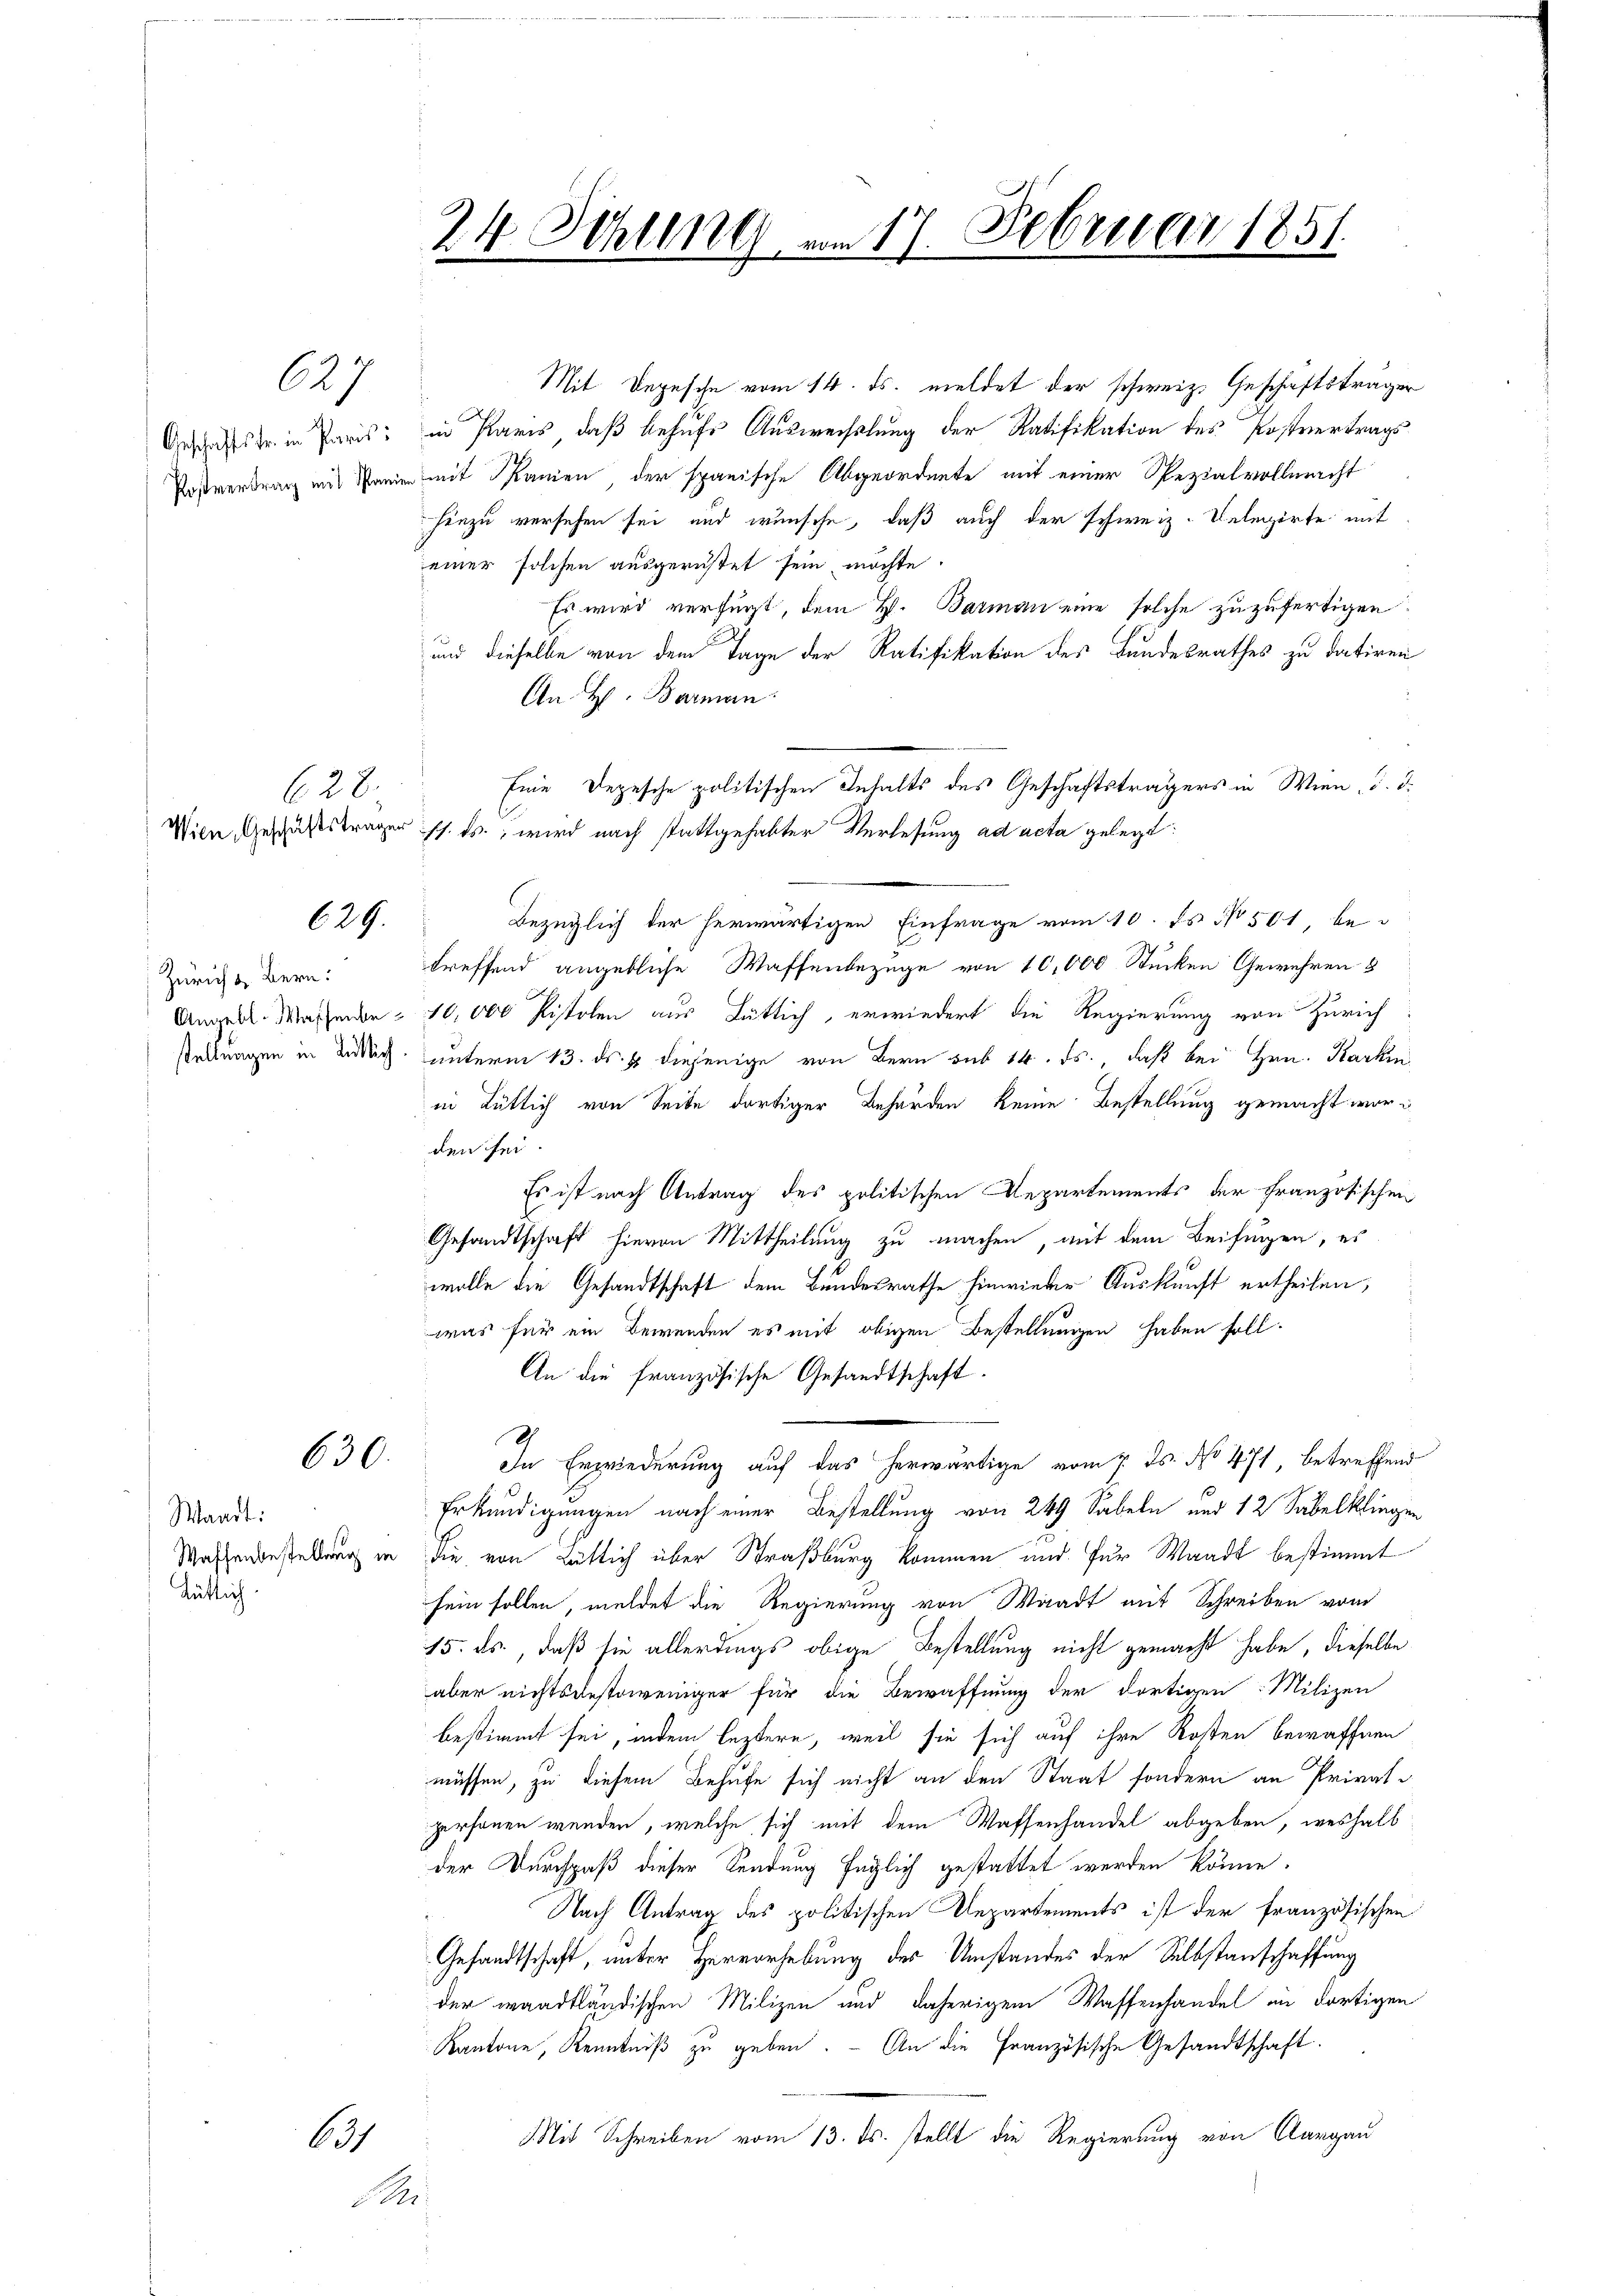
24 Sitzung am 17. Februar 1851.

Mit Depesche vom 14. ds. meldet der schweiz. Geschäftsträger
in Paris, daß behufs Auswechslung der Ratifikation des Postvertrags

627

Postvertrag mit Panie mit Panien der spanische Abgeordnete mit einer Spezialvollmacht
hinzu versehen sei und wünsche, daß auch der schweiz. Telegirte mit
einer solchen ausgerüstet sein möchte.
Es wird verfügt, dem H. Barman eine solche zuzufertigen.
und dieselbe von dem Tage der Ratifikation des Bundesrathes zu datiren
An H. Barman
Bezüglich der herwärtigen Einfrage vom 10. ds No 501, betreffend angebliche Waffenbezüge von 10,000 Stücken Gewehren 8
Angell. Wassende 10,000 Pistolen aus Bütlich, erwiedert die Regierung von Zürich
unterm 13. ds. 4 diejenige von Bern sub 14. ds., daß bei Hrn. Karkin
in gütlich von Seite dortiger Behörden keine Bestellung gemacht worden sei.
Es ist nach Antrag des politischen Departements der Französischen
Gesandtschaft hievon Mittheilung zu machen, mit dem Beifungen, es
wolle die Gesandtschaft dem Bundesrathe hinwieder Auskunft ertheilen,
was für ein Bewenden es mit obigen Bestellungen haben soll.
An die französische Gesandtschaft.
I
In Erwiederung auf das herwärtige vom 7. Js. No 471, betreffend
Erkundigungen nach einer Bestellung von 249 Sabeln und 12 Sabelklingen
Waschenbestellung in die von gütlich über Straßburg kommen und für Waadt bestimmt
sein sollen, meldet die Regierung von Waadt mit Schreiben vom
15. ds., daß sie allerdings obige Bestellung nicht gemacht habe, dieselbe
aber nichtsdestoweniger für die Bewaffnung der dortigen Milizei
bestimmt sei, indem leztere, weil sie sich auf ihre Kosten bewaffnen
müssen, zu diesem Behufe sich nicht an den Staat sondern an Privatpersonen wenden, welche sich mit dem Waffenhandel abgeben, weshalb
der Durchpaß dieser Sendung füglich gestattet werden könne.
Nach Antrag des politischen Departements ist der französischen
Gesandtschaft, unter Hervorhebung der Umstandes der Selbstanschaffung
der waadtländischen Milizen und daherigem Wassenhandel in dortigen
Kantone, Kenntniß zu geben. - An die Französische Gesandtschaft.
Mit Schreiben vom 13. ds. stellt die Regierung von Aargau

Geschäftsfr. in Paris:

628.

Eine Depesche politischen Inhalts des Geschäftsträgers in Wien d. d.

Wien, Geschäftsträger sch. Es wird nach stattgehabter Verlesung ad acta gelegt:

624.

Zürich & Bern:
stellungen in Rütlich

630.

Waadt:
tütlich.

621

S